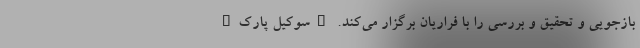
بازجویی و تحقیق و بررسی را با فراریان برگزار می‌کند. "سوکیل پارک"